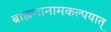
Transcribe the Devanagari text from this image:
ब्राह्मणानामकल्पयात्‌